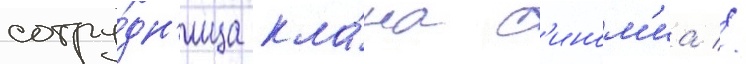
сотру́дн'ица кла́на с'ином'иа //